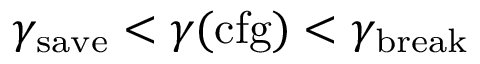
\gamma _ { \mathrm { s a v e } } < \gamma ( \mathrm { c f g } ) < \gamma _ { \mathrm { b r e a k } }